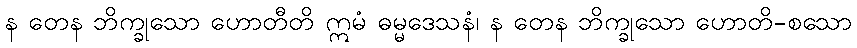
န တေန ဘိက္ခုသော ဟောတီတိ ဣမံ ဓမ္မဒေသနံ၊ န တေန ဘိက္ခုသော ဟောတိ-စသော